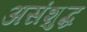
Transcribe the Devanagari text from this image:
असंशुद्ध